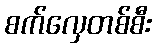
စက်လှေတစ်စီး